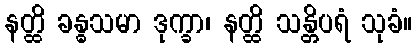
နတ္ထိ ခန္ဓသမာ ဒုက္ခာ၊ နတ္ထိ သန္တိပရံ သုခံ။